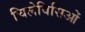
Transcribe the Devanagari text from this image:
चिलेविसिओं